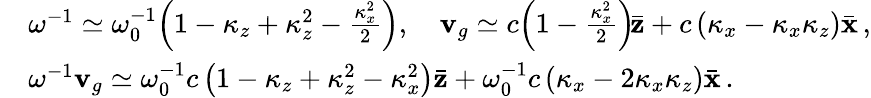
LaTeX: \begin{array}{rl}&{\omega^{-1}\simeq\omega_{0}^{-1}\! \left(1-\kappa_{z}+\kappa_{z}^{2}-\frac{\kappa_{x}^{2}}{2}\right),\quad{\mathbf v}_{g}\simeq c\! \left(1-\frac{\kappa_{x}^{2}}{2}\right)\! \bar{\mathbf z}+c\left(\kappa_{x}-\kappa_{x}\kappa_{z}\right)\bar{\mathbf x}\, ,}\\ &{\omega^{-1}{\mathbf v}_{g}\simeq\omega_{0}^{-1}c\left(1-\kappa_{z}+\kappa_{z}^{2}-{\kappa_{x}^{2}}\right)\bar{\mathbf z}+\omega_{0}^{-1}c\left(\kappa_{x}-2\kappa_{x}\kappa_{z}\right)\bar{\mathbf x}\, .}\end{array}